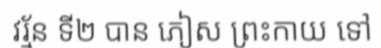
វរ្ម័ន ទី២ បាន ភៀស ព្រះកាយ ទៅ